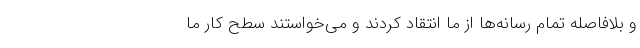
و بلافاصله تمام رسانه‌ها از ما انتقاد کردند و می‌خواستند سطح کار ما